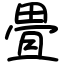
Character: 畳